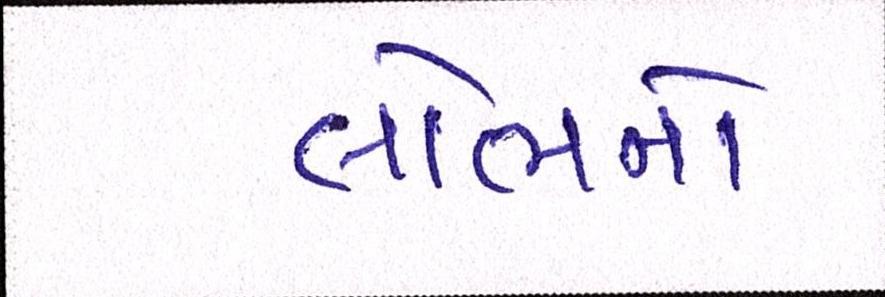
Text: લોભનો